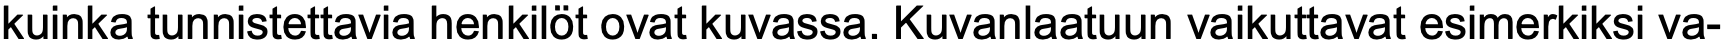
kuinka tunnistettavia henkilöt ovat kuvassa. Kuvanlaatuun vaikuttavat esimerkiksi va-